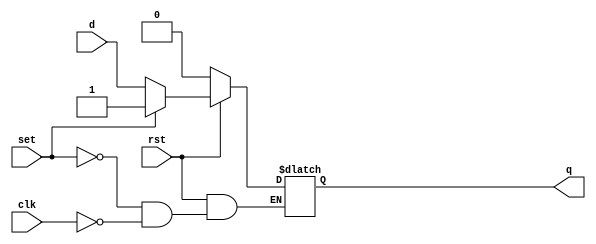
`timescale 1ns / 1ps
//////////////////////////////////////////////////////////////////////////////////
// Company: 
// Engineer: 
// 
// Design Name: 
// Module Name: dff_s
// Project Name: 
// Target Devices: 
// Tool Versions: 
// Description: 
// 
// Dependencies: 
// 
// Revision:
// Revision 0.01 - File Created
// Additional Comments:
// 
//////////////////////////////////////////////////////////////////////////////////


module dff_s(q,d,clk,rst,set);
input d,clk,rst,set;
output reg q;
always @(clk)
if (!rst) q<= 1'b0;
else if (set) q<=1'b1;
else if (clk) q<=d; 

endmodule